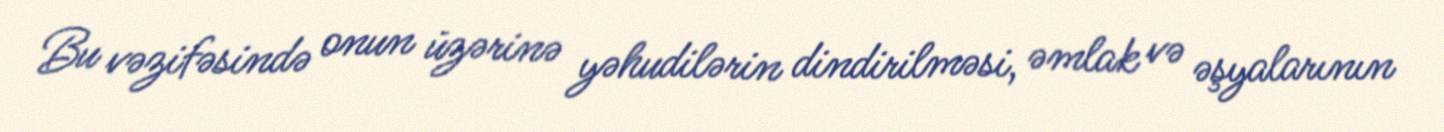
Bu vəzifəsində onun üzərinə yəhudilərin dindirilməsi, əmlak və əşyalarının